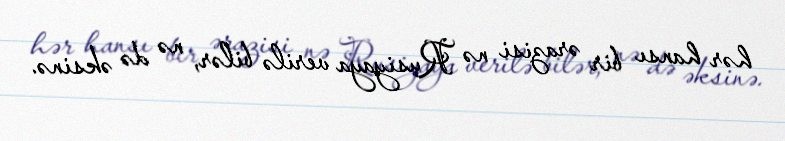
hər hansı bir ərazisi nə Rusiyaya verilə bilər, nə də əksinə.